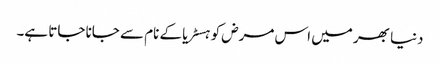
دنیا بھر میں اس مرض کو ہسٹریا کے نام سے جانا جاتا ہے۔